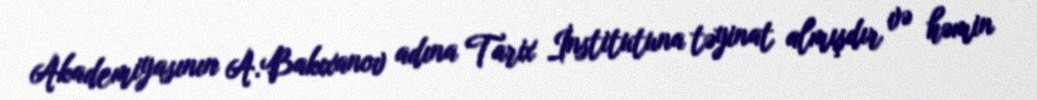
Akademiyasının A.Bakıxanov adına Tarix İnstitutuna təyinat almışdır və həmin